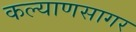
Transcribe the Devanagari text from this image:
कल्याणसागर